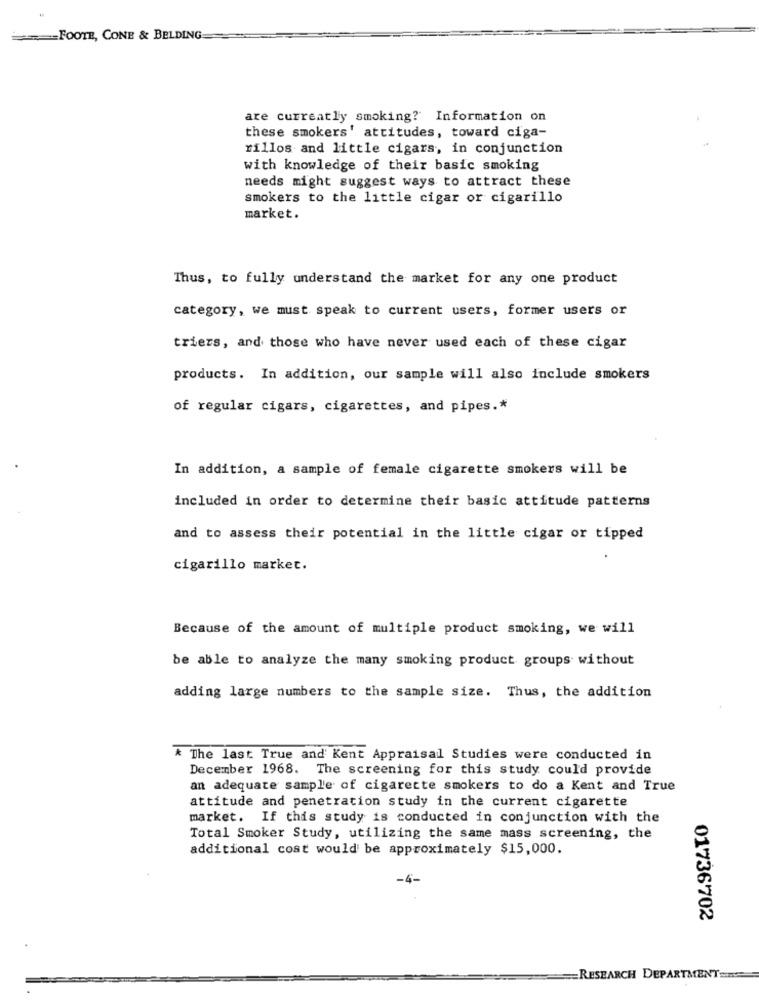
==== FOOTE, CONE & BELDING
are currently smoking? Information on
these smokers' attitudes, toward ciga-
rillos and little cigars, in conjunction
with knowledge of their basic smoking
needs might suggest ways to attract these
smokers to the little cigar or cigarillo
market.
Thus, to fully understand the market for any one product
category, we must speak to current users, former users or
triers, and those who have never used each of these cigar
products. In addition, our sample will also include smokers
of regular cigars, cigarettes, and pipes .*
In addition, a sample of female cigarette smokers will be
included in order to determine their basic attitude patterns
and to assess their potential in the little cigar or tipped
cigarillo market.
Because of the amount of multiple product smoking, we will
be able to analyze the many smoking product groups without
adding large numbers to the sample size. Thus, the addition
* The last True and Kent Appraisal Studies were conducted in
December 1968. The screening for this study could provide
an adequate sample of cigarette smokers to do a Kent and True
attitude and penetration study in the current cigarette
market. If this study is conducted in conjunction with the
Total Smoker Study, utilizing the same mass screening, the
additional cost would be approximately $15,000.
01736702
RESEARCH DEPARTMENT ====